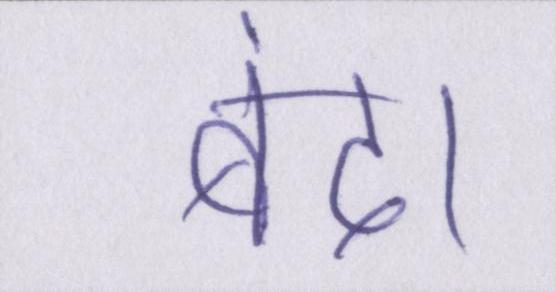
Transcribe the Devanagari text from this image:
बंद।